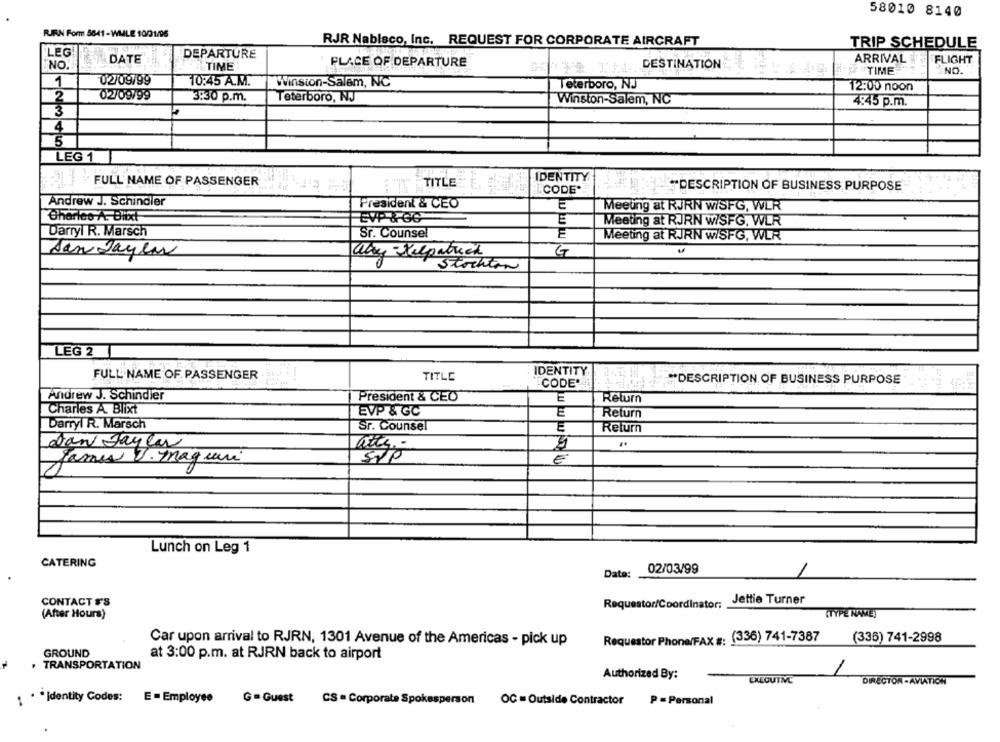
58010 8140
RIRN Form 5641-WMLE 10/31/96
RJR Nabisco, Inc. REQUEST FOR CORPORATE AIRCRAFT
TRIP SCHEDULE
LEG
DATE
DEPARTURE
ARRIVAL
FLIGHT
NO.
TIME
1PLACE OF DEPARTURE
DESTINATION
TIME
NO.
1
02/09799
10:45 A.M.
Winston-Salem, NC
Teterboro, NJ
12:00 noon
2
02/09799
3:30 p.m.
Teterboro, NJ
Winston-Salem, NC
4:45 p.m.
3
4
5
LEG 1
IDENTITY
· FULL NAME OF PASSENGER
TITLE
CODE"
DESCRIPTION OF BUSINESS PURPOSE
Andrew J. Schindler
President & CEO
E
Meeung at RJRN w/SFG, WLR
Oharico-A. Blixt
EVP &-06
E
Meeting at RJRN W/SFG, WLR
Darryl R. Marsch
Sr. Counsel
E
Meeting at RJRN w/SFG, WLR
San Jaylas
G
aby -Kelpatrick
Stockton
LEG 2
IDENTITY
FULL NAME OF PASSENGER
TITLE
CODE'
DESCRIPTION OF BUSINESS PURPOSE
Andrew J. Schindler
President & CEO
E
Return
Charles A. Blixt
EVP & GC
Return
Darryl R. Marsch
Sr. Counsel
E
Return
Jan Jayla
James V. Magari
sip
E
Lunch on Leg 1
CATERING
02/03/99
Date:
CONTACT F'S
Jettie Turner
Requestor/Coordinator;
(After Hours)
(TYPE NAME)
Requestor Phone/FAX #: (336) 741-7387
(336) 741-2998
Car upon arrival to RJRN, 1301 Avenue of the Americas - pick up
GROUND
at 3:00 p.m. at RJRN back to airport
. TRANSPORTATION
Authorized By:
EXECUTMG
DIRECTOR -AVIATION
1 . * Identity Codes: E = Employee
G=Guest
CS - Corporate Spokesperson
OC = Outside Contractor
P =Personal